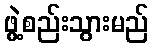
ဖွဲ့စည်းသွားမည်